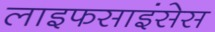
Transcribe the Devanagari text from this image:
लाइफसाइंसेस